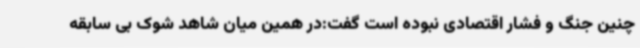
چنین جنگ و فشار اقتصادی نبوده است گفت:در همین میان شاهد شوک بی سابقه‌